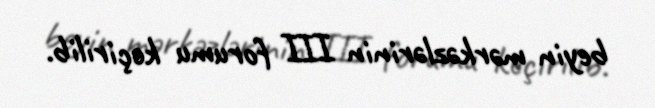
beyin mərkəzlərinin III forumu keçirilib.